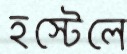
হস্টেলে